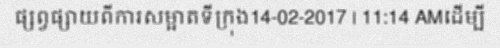
ផ្សព្វផ្សាយពីការសម្អាតទីក្រុង14-02-2017 | 11:14 AMដើម្បី